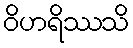
ဝိဟရိဿသိ